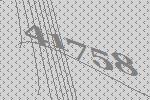
41758